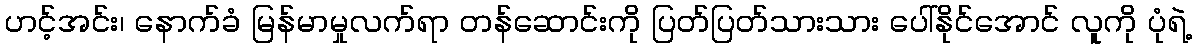
ဟင့်အင်း၊ နောက်ခံ မြန်မာမှုလက်ရာ တန်ဆောင်းကို ပြတ်ပြတ်သားသား ပေါ်နိုင်အောင် လူကို ပုံရဲ့